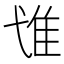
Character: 隿